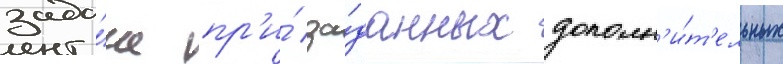
зада́че пр'и́ за́данных дополн'и́т'ельных